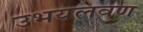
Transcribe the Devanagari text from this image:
उभयलवण